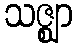
သဇ္ဈာ